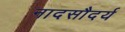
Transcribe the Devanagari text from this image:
नादसौदर्य